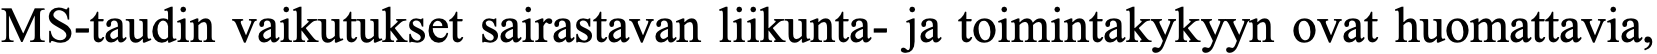
MS-taudin vaikutukset sairastavan liikunta- ja toimintakykyyn ovat huomattavia,